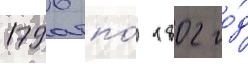
1796 по́ 1802 го́д